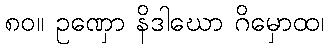
၈၀။ ဥဏှော နိဒါဃော ဂိမှောထ၊